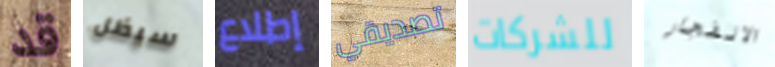
قد سيظل إطلاع تصديقي للشركات الانفجار